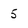
Character: 5